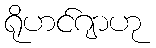
ရိုဟင်ဂျာဟု